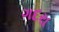
ગદરા